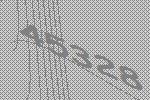
45328